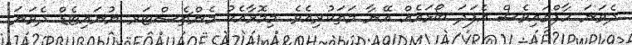
ދެވަނަ ހާފްގައިވެސް އެފަދަ ބޯޅައެއް އޭނާ މަތަކުރިއެވެ. މިމޮޅާއެކު މެންޗެސްޓަރ ޔުނައިޓެޑް ދެވަނަ